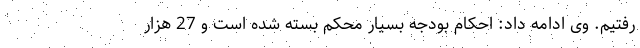
رفتیم. وی ادامه داد: احکام بودجه بسیار محکم بسته شده است و 27 هزار